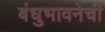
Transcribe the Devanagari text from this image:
बंधुभावनेची